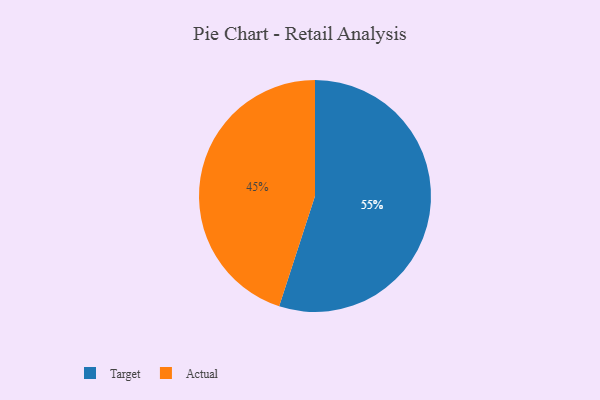
{"axis": {"x": "Category", "y": "Percentage"}, "legend": ["Actual", "Target"], "data": [{"x": "Target", "y": 55, "type": "Target"}, {"x": "Actual", "y": 45, "type": "Actual"}]}